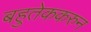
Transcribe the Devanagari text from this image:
बहुतेककरुन